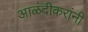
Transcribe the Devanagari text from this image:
आळंदीकरांनी